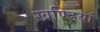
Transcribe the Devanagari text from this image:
खण्डियां